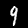
Digit: 9